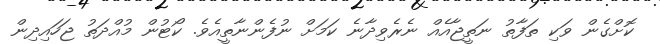
ކޮށްގެން ވަކި ތަފާތު ނަތީޖާއެއް ނެރެވިދާނެ ކަމަށް ނުފެންނާތީއެވެ. ކޯޓުން މުއްދަތު ޖަހައިދިން